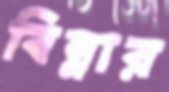
বিন্নার